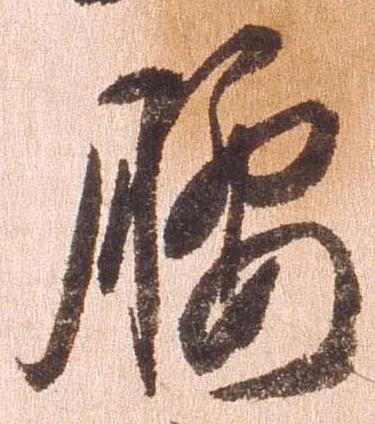
腰